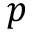
p